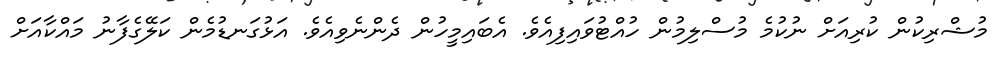
މުޝްރިކުން ކުރިއަށް ނުކުމެ މުސްލިމުން ހުއްޓުވައިފިއެވެ. އެބައިމީހުން ދެންނެވިއެވެ. އަޅުގަނޑުމެން ކަލޭގެފާނު މައްކާއަށް